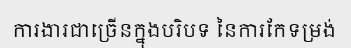
ការងារជាច្រើនក្នុងបរិបទ នៃការកែទម្រង់